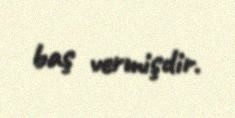
baş vermişdir.